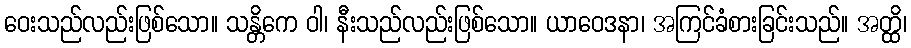
ဝေးသည်လည်းဖြစ်သော။ သန္တိကေ ဝါ၊ နီးသည်လည်းဖြစ်သော။ ယာဝေဒနာ၊ အကြင်ခံစားခြင်းသည်။ အတ္ထိ၊